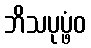
ဘိသပုပ္ဖံဝ